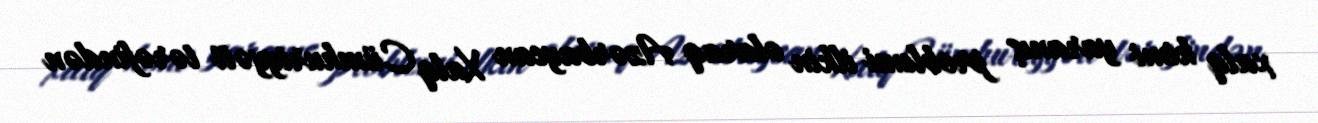
xalq kimi yaranış problemi ilkin olaraq Azərbaycan Xalq Cümhuriyyəti tərəfindən